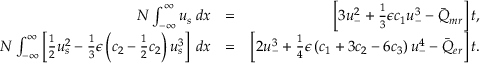
\begin{array} { r l r } { N \int _ { - \infty } ^ { \infty } u _ { s } \: d x } & { = } & { \left[ 3 u _ { - } ^ { 2 } + \frac { 1 } { 3 } \epsilon c _ { 1 } u _ { - } ^ { 3 } - \bar { Q } _ { m r } \right] t , } \\ { N \int _ { - \infty } ^ { \infty } \left[ \frac { 1 } { 2 } u _ { s } ^ { 2 } - \frac { 1 } { 3 } \epsilon \left( c _ { 2 } - \frac { 1 } { 2 } c _ { 2 } \right) u _ { s } ^ { 3 } \right] \: d x } & { = } & { \left[ 2 u _ { - } ^ { 3 } + \frac { 1 } { 4 } \epsilon \left( c _ { 1 } + 3 c _ { 2 } - 6 c _ { 3 } \right) u _ { - } ^ { 4 } - \bar { Q } _ { e r } \right] t . } \end{array}